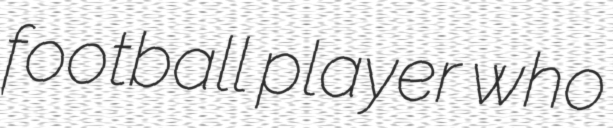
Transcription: football player who